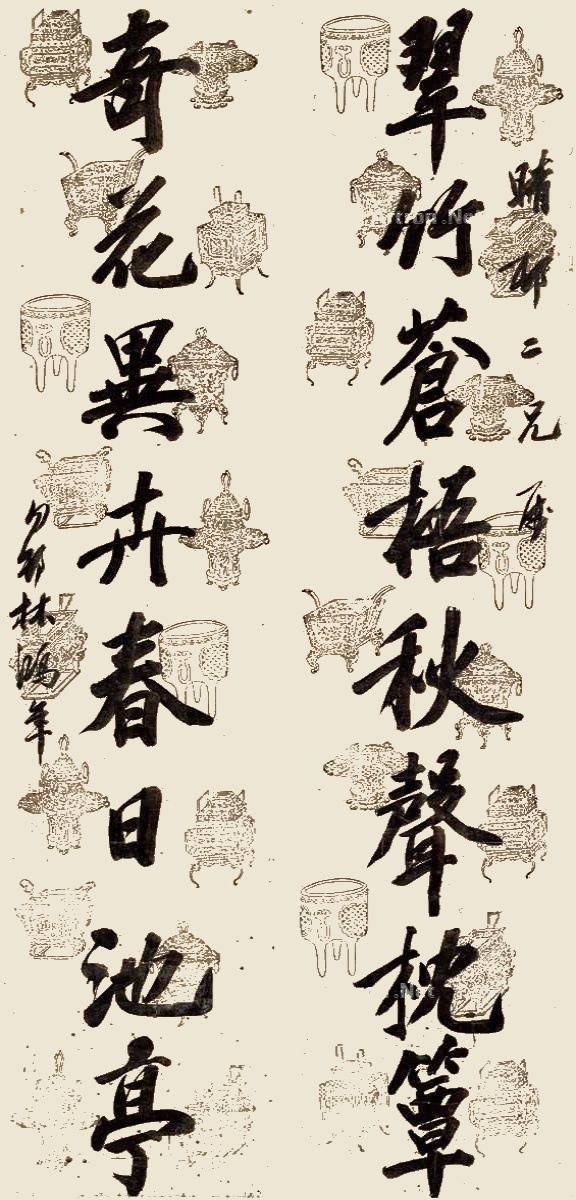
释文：翠竹苍梧秋声枕簟，奇花异卉春日池亭。晴邨二兄属，勿邨林鸿年。